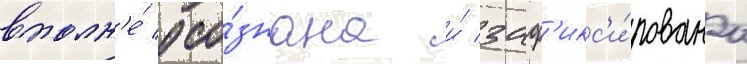
вполн'е́ осо́знана и́ заф'икс'и́рована